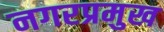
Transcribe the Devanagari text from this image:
नगरप्रमुख